Trukikaitis_Postimees, lk 49
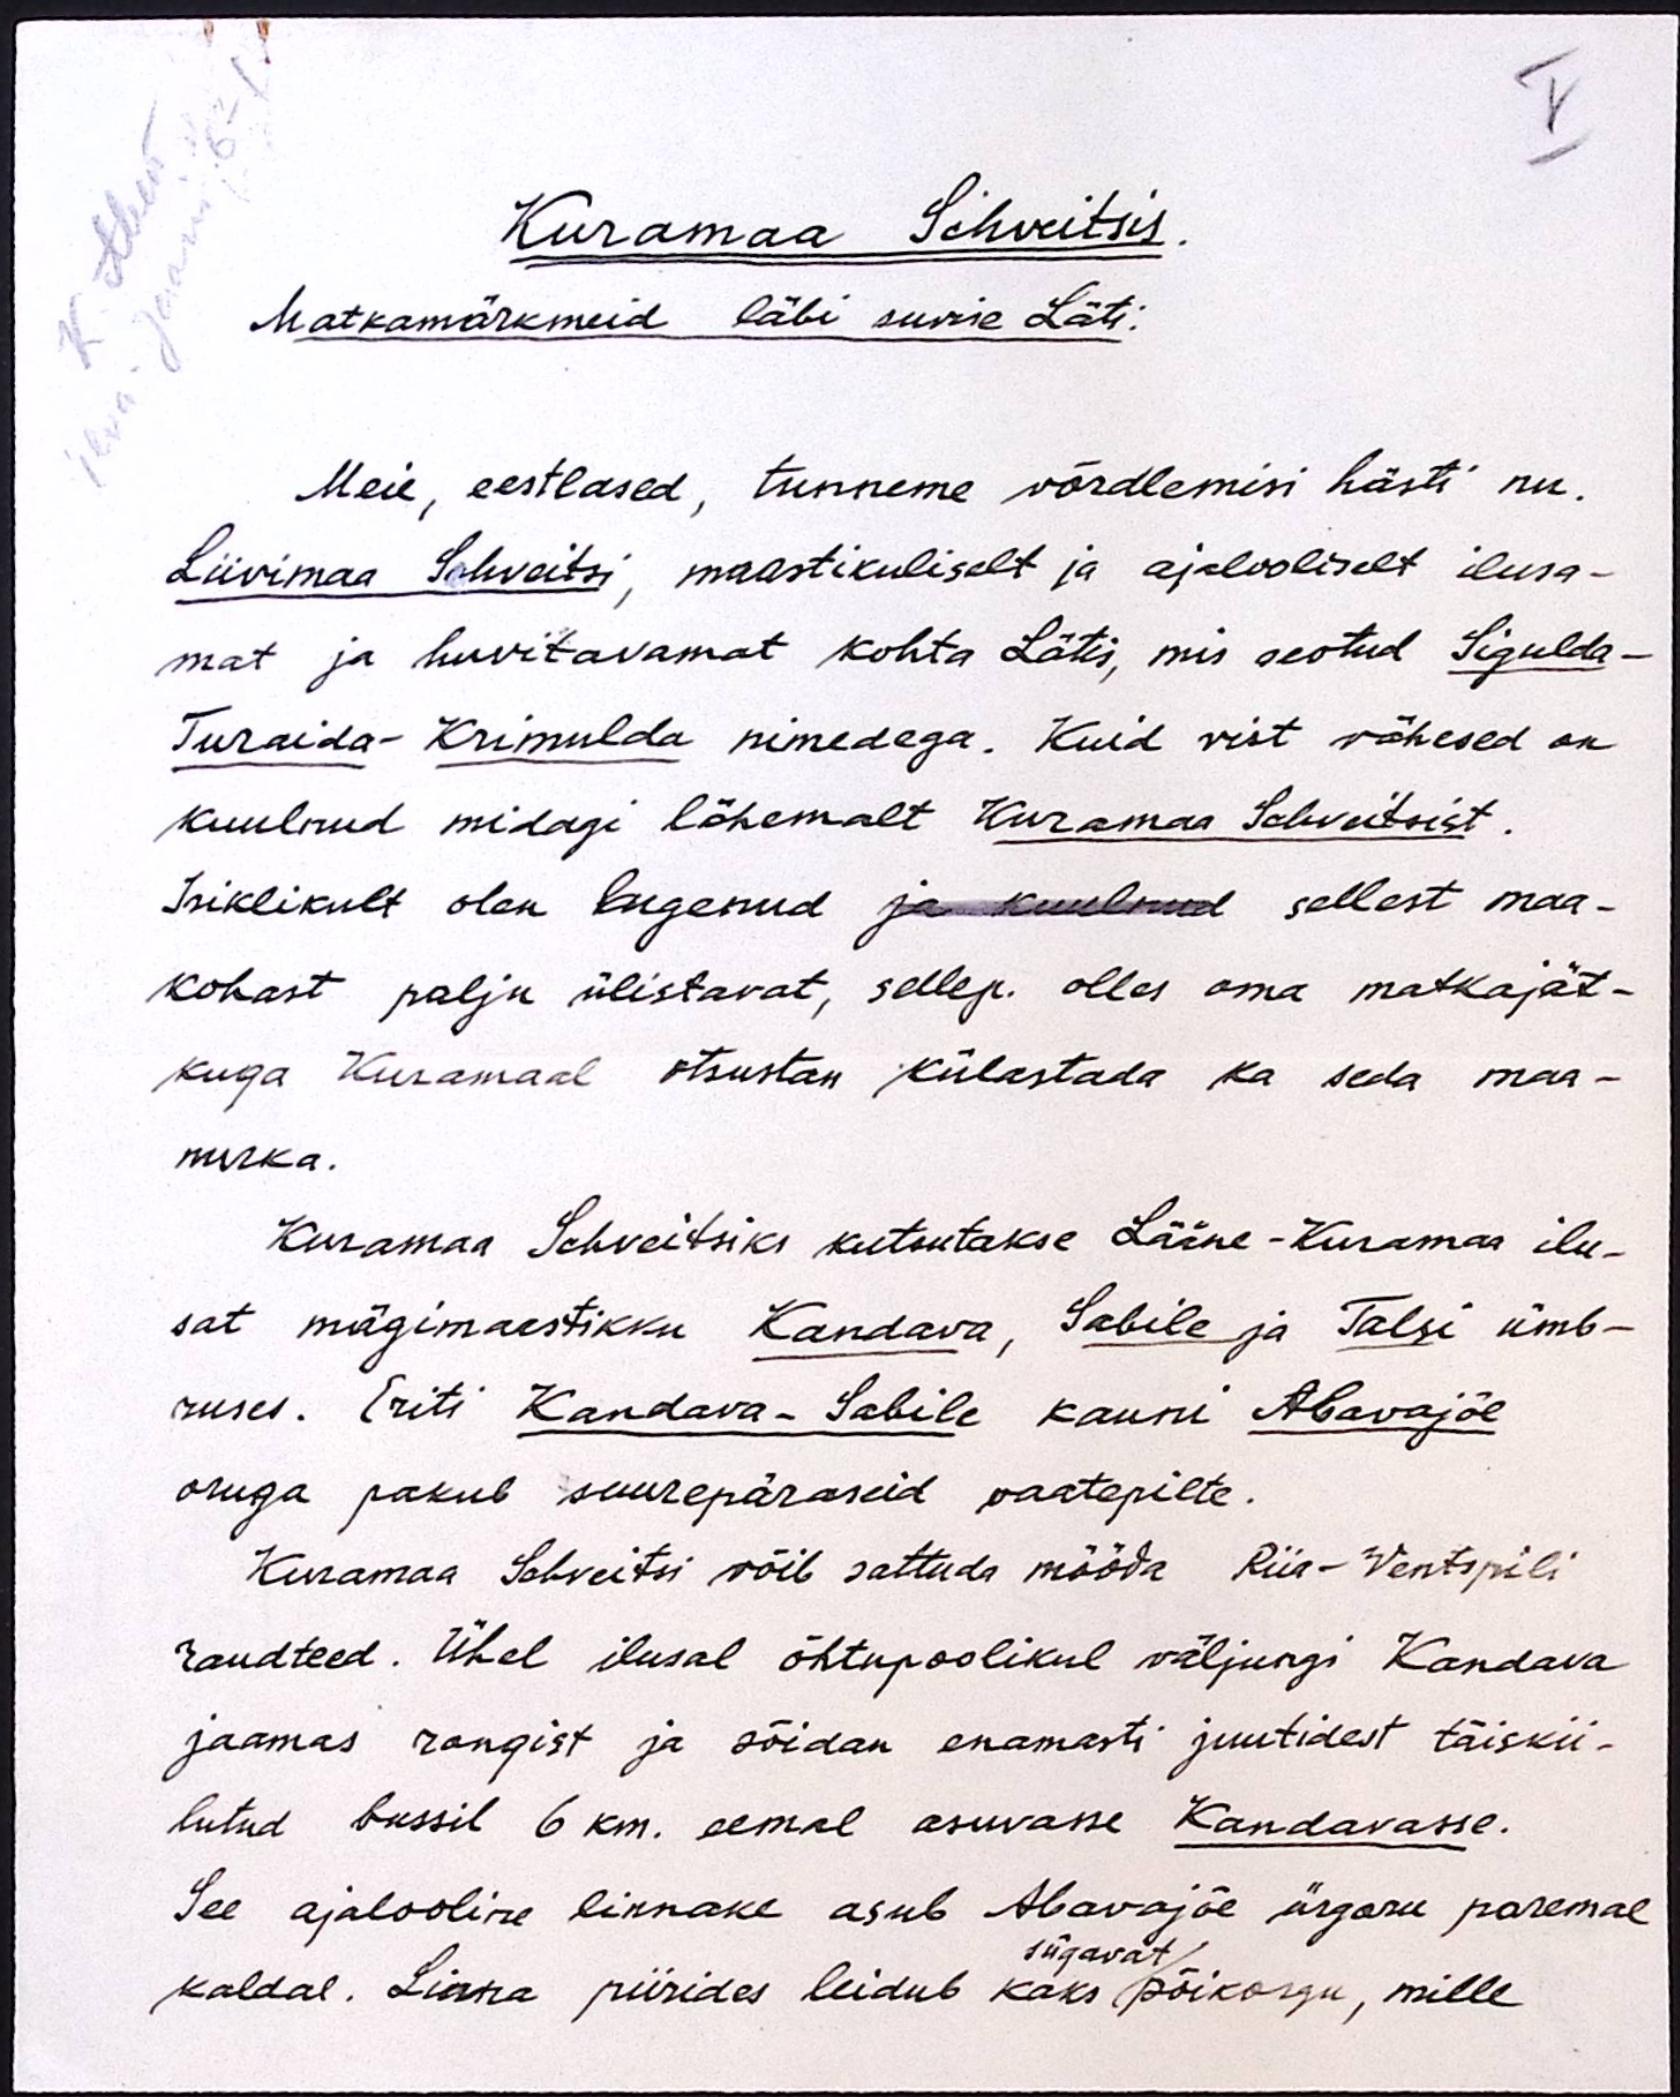
V
Kuramaa Schveitsis.
Matkamärkmeid läbi suvise Läti.
Meie, eestlased, tunneme võrdlemisi hästi nn.
Liivimaa Schveitsi, maastikuliselt ja ajalooliselt ilusa-
mat ja huvitavamat kohta Lätis, mis seotud Sigulda-
Turaida-Krimulda nimedega. Kuid vist vähesed on
kuulnud midagi lähemalt Kuramaa Schveitsist.
Isiklikult olen lugenud ja kuulnud sellest maa-
kohast palju ülistavat, sellep. olles oma matkajät-
kuga Kuramaal otsustan külastada ka seda maa-
nurka.
Kuramaa Schveitsiks kutsutakse Lääne-Kuramaa ilu-
sat mägimaastikku Kandava, Sabile ja Talsi ümb-
ruses. Eriti Kandava-Sabile kauni Abavajõe
oruga pakub suurepäraseid vaatepilte.
Kuramaa Schveitsi võib sattuda mööda Riia-Ventspili
raudteed. Ühel ilusal õhtupoolikul väljungi Kandava
jaamas rongist ja sõidan enamasti juutidest täiskii-
lutud bussil 6 km. eemal asuvasse Kandavasse.
See ajalooline linnake asub Abavajõe ürgoru paremal
sügavat
kaldal. Linna piirides leidub kaks põikorgu, mille